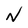
Character: N